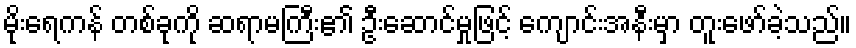
မိုးရေကန် တစ်ခုကို ဆရာမကြီး၏ ဦးဆောင်မှုဖြင့် ကျောင်းအနီးမှာ တူးဖော်ခဲ့သည်။